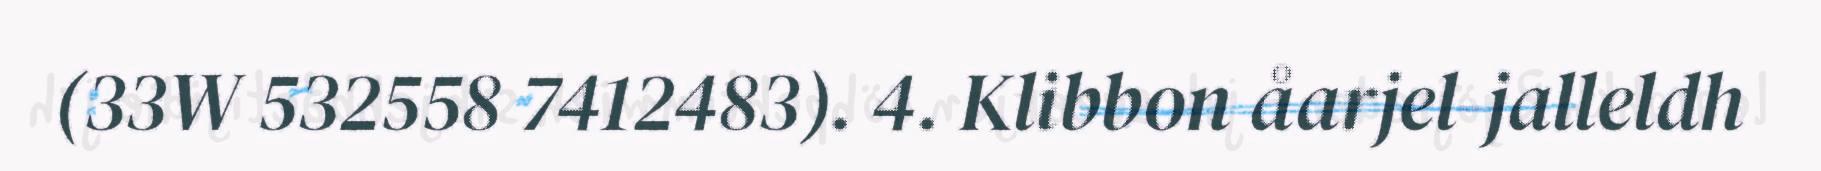
(33W 532558 7412483). 4. Klibbon åarjel-jalleldh